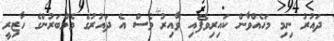
ދައުރު ނިމި މަހެއްވާން ކައިރިވެފައި ވާއިރު ވެސް އެ ދައުރުގެ މެމްބަރުންގެ ހާޒިރީ